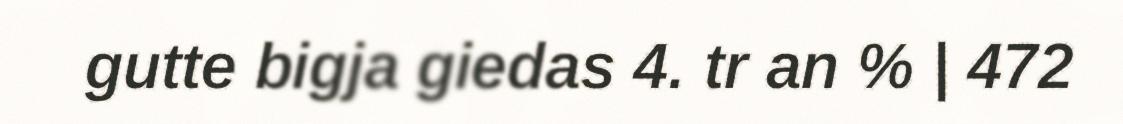
gutte bigja giedas 4. tr an % | 472